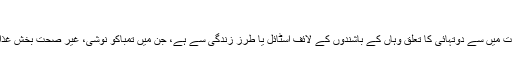
سرطان کا مرض بچوں میں بھی عام ہوتا جا رہا ہے
امریکہ میں کینسر جیسی موذی بیماری کا سبب بننے والی جملہ وجوہات میں سے دوتہائی کا تعلق وہاں کے باشندوں کے لائف اسٹائل یا طرز زندگی سے ہے، جن میں تمباکو نوشی، غیر صحت بخش غذا کا استعمال، جسمانی حرکت یا ورزش کی شدید کمی وغیرہ شامل ہیں۔